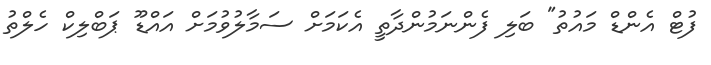
ފުޓް އެންޑް މައުތު" ބަލި ފެންނަމުންދާތީ އެކަމަށް ސަމާލުވުމަށް އައްޑޫ ޕަބްލިކް ހެލްތު